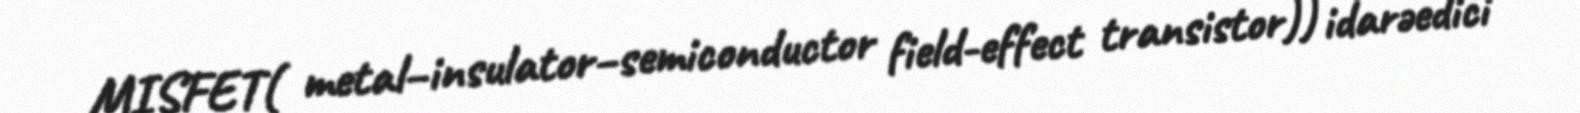
MISFET( metal–insulator–semiconductor field-effect transistor)) idarəedici